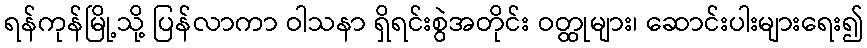
ရန်ကုန်မြို့သို့ ပြန်လာကာ ဝါသနာ ရှိရင်းစွဲအတိုင်း ဝတ္ထုများ၊ ဆောင်းပါးများရေး၍